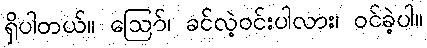
ရှိပါတယ်။ ဪ၊ ခင်လဲ့ဝင်းပါလား၊ ဝင်ခဲ့ပါ။